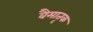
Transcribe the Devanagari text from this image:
वैमातृक